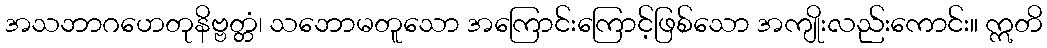
အသဘာဂဟေတုနိဗ္ဗတ္တံ၊ သဘောမတူသော အကြောင်းကြောင့်ဖြစ်သော အကျိုးလည်းကောင်း။ ဣတိ